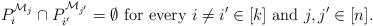
LaTeX: \begin{align*}P_i^{\mathcal{M}_j} \cap P_{i'}^{\mathcal{M}_{j'}} = \emptyset \textrm{ for every } i \neq i' \in [k] \textrm{ and } j,j' \in [n]. \end{align*}